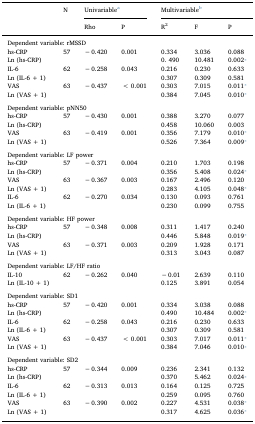
<table><thead><tr><td rowspan="2"></td><td rowspan="2"><b>N</b></td><td colspan="2"><b>Univariablea</b></td><td colspan="3"><b>Multivariableb</b></td></tr><tr><td><b>Rho</b></td><td><b>P</b></td><td><b>R<sup>2</sup></b></td><td><b>F</b></td><td><b>P</b></td></tr></thead><tbody><tr><td colspan="7">Dependent variable: rMSSD</td></tr><tr><td>hs-CRP</td><td>57</td><td>− 0.420</td><td>0.001</td><td>0.334</td><td>3.036</td><td>0.088</td></tr><tr><td>Ln (hs-CRP)</td><td></td><td></td><td></td><td>0. 490</td><td>10.481</td><td>0.002⁎</td></tr><tr><td>IL-6</td><td>62</td><td>− 0.258</td><td>0.043</td><td>0.216</td><td>0.230</td><td>0.633</td></tr><tr><td>Ln (IL-6 + 1)</td><td></td><td></td><td></td><td>0.307</td><td>0.309</td><td>0.581</td></tr><tr><td>VAS</td><td>63</td><td>− 0.437</td><td>&lt; 0.001</td><td>0.303</td><td>7.015</td><td>0.011⁎</td></tr><tr><td>Ln (VAS + 1)</td><td></td><td></td><td></td><td>0.384</td><td>7.045</td><td>0.010⁎</td></tr><tr><td colspan="7">  </td></tr><tr><td colspan="7">Dependent variable: pNN50</td></tr><tr><td>hs-CRP</td><td>57</td><td>− 0.430</td><td>0.001</td><td>0.388</td><td>3.270</td><td>0.077</td></tr><tr><td>Ln (hs-CRP)</td><td></td><td></td><td></td><td>0.458</td><td>10.060</td><td>0.003</td></tr><tr><td>VAS</td><td>63</td><td>− 0.419</td><td>0.001</td><td>0.356</td><td>7.179</td><td>0.010⁎</td></tr><tr><td>Ln (VAS + 1)</td><td></td><td></td><td></td><td>0.526</td><td>7.364</td><td>0.009⁎</td></tr><tr><td colspan="7">  </td></tr><tr><td colspan="7">Dependent variable: LF power</td></tr><tr><td>hs-CRP</td><td>57</td><td>− 0.371</td><td>0.004</td><td>0.210</td><td>1.703</td><td>0.198</td></tr><tr><td>Ln (hs-CRP)</td><td></td><td></td><td></td><td>0.356</td><td>5.408</td><td>0.024⁎</td></tr><tr><td>VAS</td><td>63</td><td>− 0.367</td><td>0.003</td><td>0.167</td><td>2.496</td><td>0.120</td></tr><tr><td>Ln (VAS + 1)</td><td></td><td></td><td></td><td>0.283</td><td>4.105</td><td>0.048⁎</td></tr><tr><td>IL-6</td><td>62</td><td>− 0.270</td><td>0.034</td><td>0.130</td><td>0.093</td><td>0.761</td></tr><tr><td>Ln (IL-6 + 1)</td><td></td><td></td><td></td><td>0.230</td><td>0.099</td><td>0.755</td></tr><tr><td colspan="7">  </td></tr><tr><td colspan="7">Dependent variable: HF power</td></tr><tr><td>hs-CRP</td><td>57</td><td>− 0.348</td><td>0.008</td><td>0.311</td><td>1.417</td><td>0.240</td></tr><tr><td>Ln (hs-CRP)</td><td></td><td></td><td></td><td>0.446</td><td>5.848</td><td>0.019⁎</td></tr><tr><td>VAS</td><td>63</td><td>− 0.371</td><td>0.003</td><td>0.209</td><td>1.928</td><td>0.171</td></tr><tr><td>Ln (VAS + 1)</td><td></td><td></td><td></td><td>0.313</td><td>3.043</td><td>0.087</td></tr><tr><td colspan="7">  </td></tr><tr><td colspan="7">Dependent variable: LF/HF ratio</td></tr><tr><td>IL-10</td><td>62</td><td>− 0.262</td><td>0.040</td><td>− 0.01</td><td>2.639</td><td>0.110</td></tr><tr><td>Ln (IL-10 + 1)</td><td></td><td></td><td></td><td>0.125</td><td>3.891</td><td>0.054</td></tr><tr><td colspan="7">  </td></tr><tr><td colspan="7">Dependent variable: SD1</td></tr><tr><td>hs-CRP</td><td>57</td><td>− 0.420</td><td>0.001</td><td>0.334</td><td>3.038</td><td>0.088</td></tr><tr><td>Ln (hs-CRP)</td><td></td><td></td><td></td><td>0.490</td><td>10.484</td><td>0.002⁎</td></tr><tr><td>IL-6</td><td>62</td><td>− 0.258</td><td>0.043</td><td>0.216</td><td>0.230</td><td>0.633</td></tr><tr><td>Ln (IL-6 + 1)</td><td></td><td></td><td></td><td>0.307</td><td>0.309</td><td>0.581</td></tr><tr><td>VAS</td><td>63</td><td>− 0.437</td><td>&lt; 0.001</td><td>0.303</td><td>7.017</td><td>0.011⁎</td></tr><tr><td>Ln (VAS + 1)</td><td></td><td></td><td></td><td>0.384</td><td>7.046</td><td>0.010⁎</td></tr><tr><td colspan="7">  </td></tr><tr><td colspan="7">Dependent variable: SD2</td></tr><tr><td>hs-CRP</td><td>57</td><td>− 0.344</td><td>0.009</td><td>0.236</td><td>2.341</td><td>0.132</td></tr><tr><td>Ln (hs-CRP)</td><td></td><td></td><td></td><td>0.370</td><td>5.462</td><td>0.024⁎</td></tr><tr><td>IL-6</td><td>62</td><td>− 0.313</td><td>0.013</td><td>0.164</td><td>0.125</td><td>0.725</td></tr><tr><td>Ln (IL-6 + 1)</td><td></td><td></td><td></td><td>0.259</td><td>0.095</td><td>0.760</td></tr><tr><td>VAS</td><td>63</td><td>− 0.390</td><td>0.002</td><td>0.227</td><td>4.531</td><td>0.038⁎</td></tr><tr><td>Ln (VAS + 1)</td><td></td><td></td><td></td><td>0.317</td><td>4.625</td><td>0.036⁎</td></tr></tbody></table>